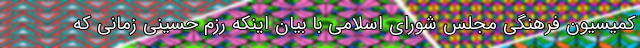
کمیسیون فرهنگی مجلس شورای اسلامی با بیان اینکه رزم حسینی زمانی که